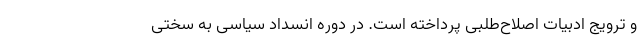
و ترویج ادبیات اصلاح‌طلبی پرداخته است. در دوره انسداد سیاسی به سختی